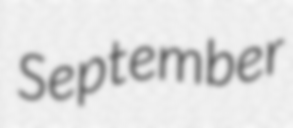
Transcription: September